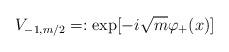
LaTeX: \begin{align*}V_{-1,m/2}=:\exp[-i \sqrt{m} \varphi_{+}(x)]\end{align*}